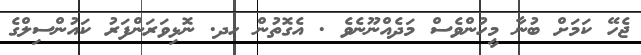
ޖެހޭ ކަމަށް ބުނާ މީހުންވެސް މަދެއްނޫނެވެ . އެގޮތުން ހދ. ނޮޅިވަރަންފަރު ކައުންސިލްގެ